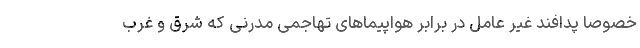
خصوصا پدافند غیر عامل در برابر هواپیماهای تهاجمی مدرنی که شرق و غرب